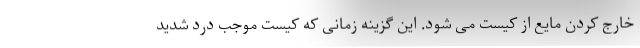
خارج کردن مایع از کیست می شود. این گزینه زمانی که کیست موجب درد شدید